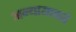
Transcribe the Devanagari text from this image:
अन्यायाकडे